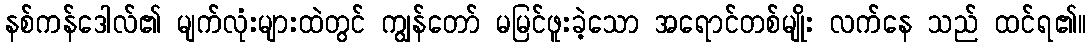
နစ်ကန်ဒေါလ်၏ မျက်လုံးများထဲတွင် ကျွန်တော် မမြင်ဖူးခဲ့သော အရောင်တစ်မျိုး လက်နေ သည် ထင်ရ၏။